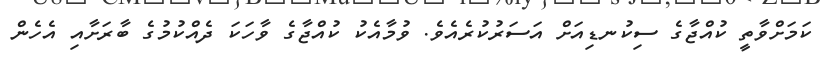
ކަމަށްވާތީ ކުއްޖާގެ ސިކުނޑިއަށް އަސަރުކުރެއެވެ. ވުމާއެކު ކުއްޖާގެ ވާހަކަ ދެއްކުމުގެ ބާރަށާއި އެހެން